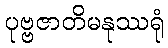
ပုဗ္ဗဇာတိမနုဿရုံ